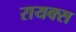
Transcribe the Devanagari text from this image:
रायक्स